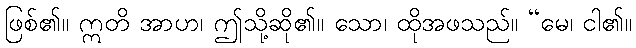
ဖြစ်၏။ ဣတိ အာဟ၊ ဤသို့ဆို၏။ သော၊ ထိုအဖသည်။ “မေ၊ ငါ၏။